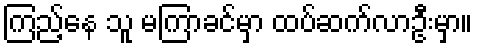
ကြည့်နေ သူ မကြာခင်မှာ ထပ်ဆက်လာဦးမှာ။